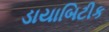
ડાયાબિટીક